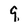
Character: 9